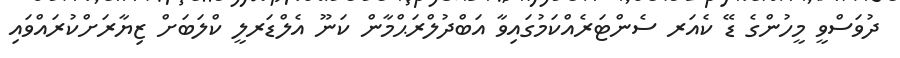
ދުވަސްވީ މީހުންގެ ޑޭ ކެއަރ ސެންޓަރެއްކަމުގައިވާ އަބްދުލްރަޙްމާން ކަނޫ އެލްޑަރލީ ކްލަބަށް ޒިޔާރަށްކުރައްވައި